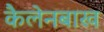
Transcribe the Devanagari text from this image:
कैलेनबाख